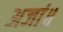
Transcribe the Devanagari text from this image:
अजां॥